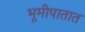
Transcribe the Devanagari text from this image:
भूमीपातात